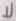
لا